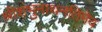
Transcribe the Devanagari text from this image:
श्रीशंभुनाथनतिमेव